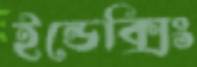
ইন্ডেক্সিং